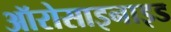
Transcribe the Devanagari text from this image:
ऑरोसाइनाइड